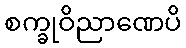
စက္ခုဝိညာဏေပိ